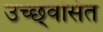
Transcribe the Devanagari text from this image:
उच्छ्‌वसित